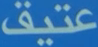
عتيق